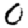
Digit: 0